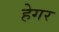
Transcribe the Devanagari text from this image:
हेगर